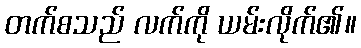
တက်စသည် လက်ကို ယမ်းလိုက်၏။